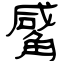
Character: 觱